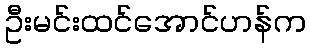
ဦးမင်းထင်အောင်ဟန်က